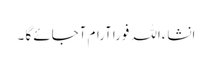
انشاءاللہ فوراًآرام آجائے گا ۔